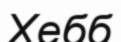
Хебб